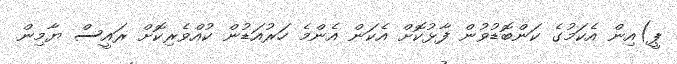
ޕީ)އިން އެކަމުގެ ކަންބޮޑުވުން ފާޅުކޮށް އެކަން އެންމެ ހަރުއަޑުން ކުއްވެރިކޮށް ރައީސް ޔާމިން